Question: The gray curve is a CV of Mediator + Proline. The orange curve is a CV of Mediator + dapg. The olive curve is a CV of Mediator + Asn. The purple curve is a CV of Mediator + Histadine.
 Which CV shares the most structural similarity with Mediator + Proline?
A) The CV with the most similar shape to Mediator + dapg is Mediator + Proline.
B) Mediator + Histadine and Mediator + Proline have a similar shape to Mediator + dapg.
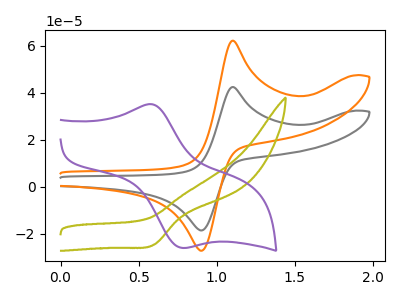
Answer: <think>The gray curve "Mediator + Proline" has an anodic peak at (1.10V, 42.45uA) and a cathodic peak at (0.90V, -18.50uA). The orange curve "Mediator + dapg" has an anodic peak at (1.10V, 62.15uA) and a cathodic peak at (0.90V, -27.15uA). The olive curve "Mediator + Asn" has a cathodic peak at: (0.60V, -24.60uA). The purple curve "Mediator + Histadine" has an anodic peak at (0.60V, 35.00uA) and a cathodic peak at (0.80V, -26.00uA).
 All the peaks in "Mediator + Proline" have a peak in "Mediator + dapg" at the same potential. Every peak in "Mediator + Proline" is lower than every peak in "Mediator + dapg". "Mediator + Proline" and "Mediator + Asn" have a different number of peaks. "Mediator + Proline" and "Mediator + Histadine" have at least one peak that do not match. "Mediator + dapg" and "Mediator + Asn" have a different number of peaks. "Mediator + dapg" and "Mediator + Histadine" have at least one peak that do not match. "Mediator + Asn" and "Mediator + Histadine" have a different number of peaks.</think>
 <answer>A) The CV with the most similar shape to "Mediator + dapg" is "Mediator + Proline".</answer>
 <eval>A</eval>